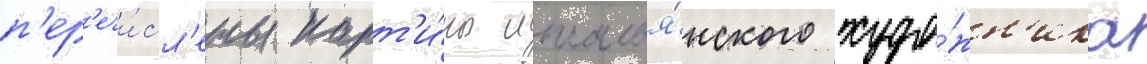
п'ер'ечи́сл'ены карт'и́ны италья́нского худо́жн'ика